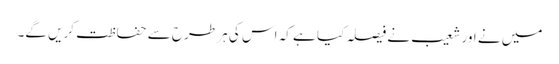
میں نے اور شعیب نے فیصلہ کیا ہے کہ اس کی ہر طرح سے حفاظت کریں گے۔